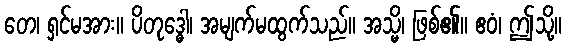
တေ၊ ရှင်မအား။ ပိတုဒ္ဓေါ၊ အမျက်မထွက်သည်။ အသ္မိ၊ ဖြစ်၏။ ဧဝံ၊ ဤသို့။